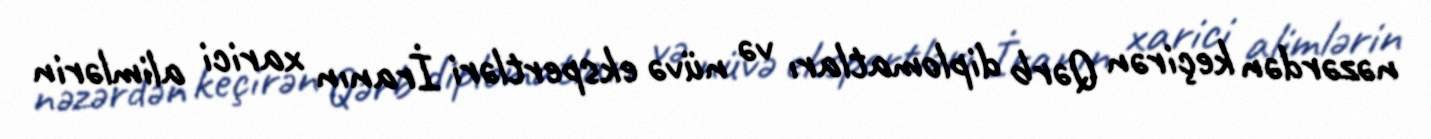
nəzərdən keçirən Qərb diplomatları və nüvə ekspertləri İranın xarici alimlərin